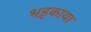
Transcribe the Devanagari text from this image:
भड़्काया